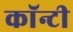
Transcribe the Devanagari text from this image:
काॅन्टी